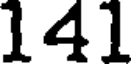
141